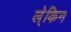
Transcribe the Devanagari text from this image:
ल्ेकिन